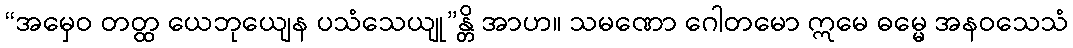
“အမှေဝ တတ္ထ ယေဘုယျေန ပသံသေယျု”န္တိ အာဟ။ သမဏော ဂေါတမော ဣမေ ဓမ္မေ အနဝသေသံ